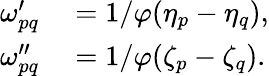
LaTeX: \begin{array}{rl}{\omega_{pq}^{\prime}}&{{}=1/\varphi(\eta_{p}-\eta_{q}),}\\ {\omega_{pq}^{\prime\prime}}&{{}=1/\varphi(\zeta_{p}-\zeta_{q}).}\end{array}